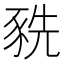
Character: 𧱀